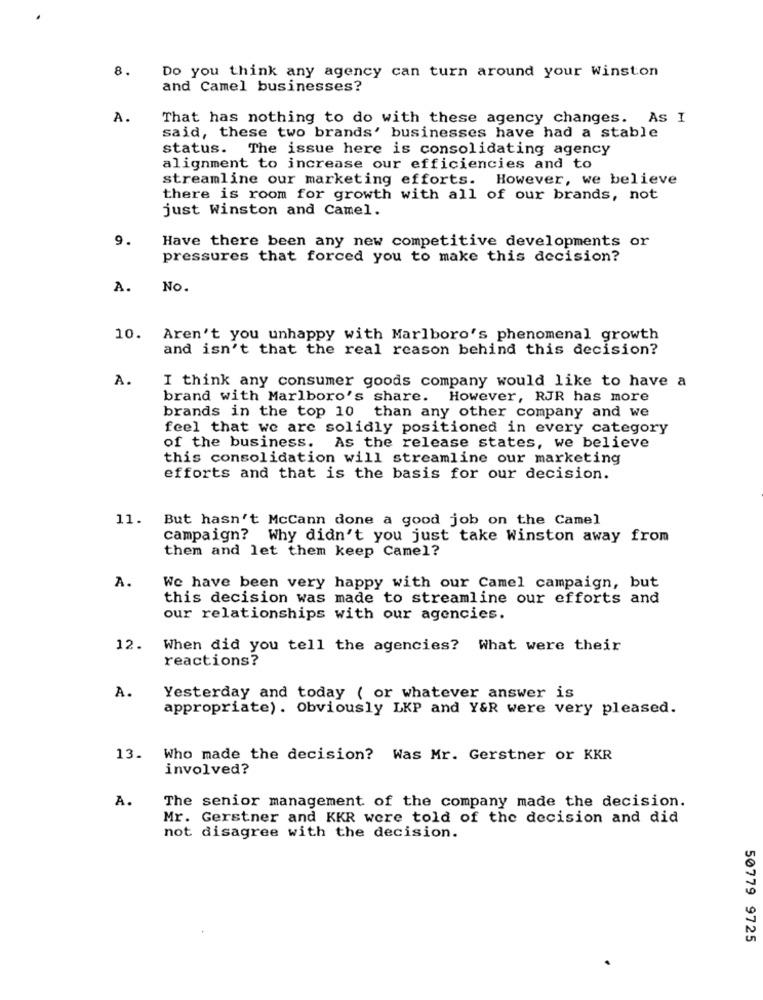
8.
Do you think any agency can turn around your Winston
and Camel businesses?
A.
That has nothing to do with these agency changes. As I
said, these two brands' businesses have had a stable
status. The issue here is consolidating agency
alignment to increase our efficiencies and to
streamline our marketing efforts. However, we believe
there is room for growth with all of our brands, not
just Winston and Camel.
9.
Have there been any new competitive developments or
pressures that forced you to make this decision?
A.
No.
10.
Aren't you unhappy with Marlboro's phenomenal growth
and isn't that the real reason behind this decision?
A.
I think any consumer goods company would like to have a
brand with Marlboro's share.
However, RJR has more
brands in the top 10 than any other company and we
feel that we are solidly positioned in every category
of the business. As the release states, we believe
this consolidation will streamline our marketing
efforts and that is the basis for our decision.
11.
But hasn't McCann done a good job on the Camel
campaign? Why didn't you just take Winston away from
them and let them keep Camel?
A.
We have been very happy with our Camel campaign, but
this decision was made to streamline our efforts and
our relationships with our agencies.
12.
When did you tell the agencies? What were their
reactions?
A.
Yesterday and today ( or whatever answer is
appropriate) . Obviously LKP and Y&R were very pleased.
13.
Who made the decision? Was Mr. Gerstner or KKR
involved?
A.
The senior management of the company made the decision.
Mr. Gerstner and KKR were told of the decision and did
not disagree with the decision.
50779 9725